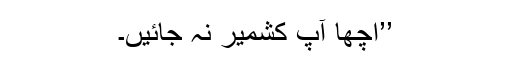
’’اچھا آپ کشمیر نہ جائیں۔